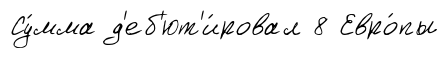
Су́мма д'еб'ют'и́ровал 8 Евро́пы